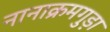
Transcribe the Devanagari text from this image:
नानाक्रमगुड़ा